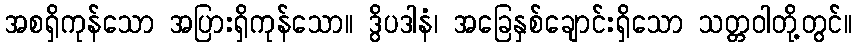
အစရှိကုန်သော အပြားရှိကုန်သော။ ဒွိပဒါနံ၊ အခြေနှစ်ချောင်းရှိသော သတ္တဝါတို့တွင်။